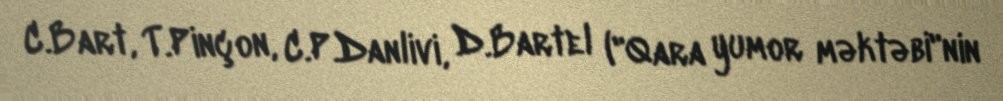
C.Bart, T.Pinçon, C.P.Danlivi, D.Bartel ("Qara yumor məktəbi"nin